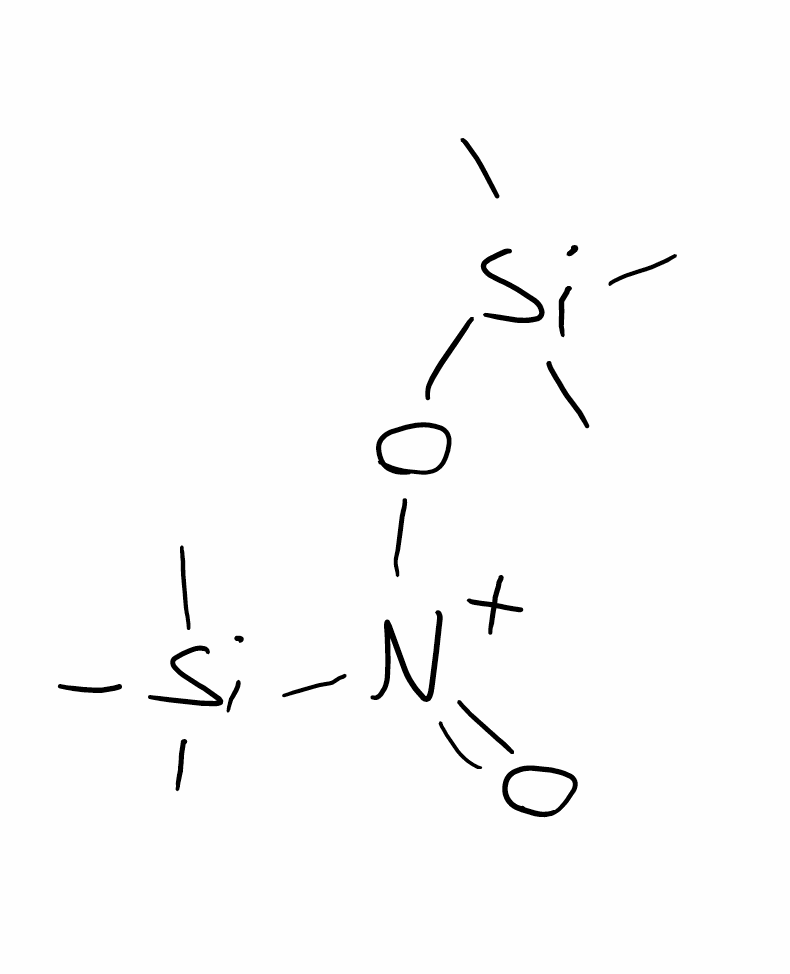
Simplified molecular-input line-entry system (SMILES) notation of the given molecule:
C[Si](C)(C)[N+](=O)O[Si](C)(C)C